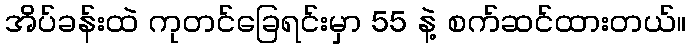
အိပ်ခန်းထဲ ကုတင်ခြေရင်းမှာ 55 နဲ့ စက်ဆင်ထားတယ်။